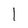
Character: l